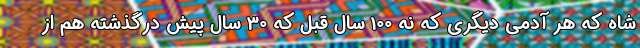
شاه که هر آدمی دیگری که نه 100 سال قبل که 30 سال پیش درگذشته هم از